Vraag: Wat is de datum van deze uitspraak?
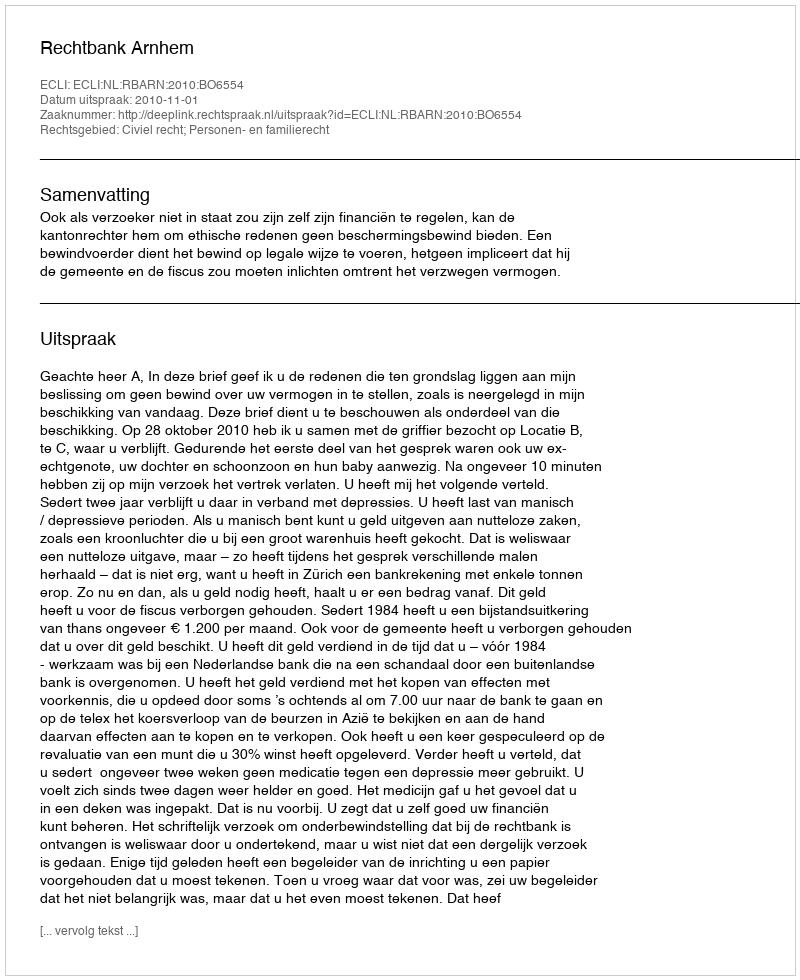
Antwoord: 2010-11-01